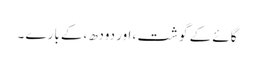
گائے کے گوشت ، اور دودھ ،کے بارے ۔